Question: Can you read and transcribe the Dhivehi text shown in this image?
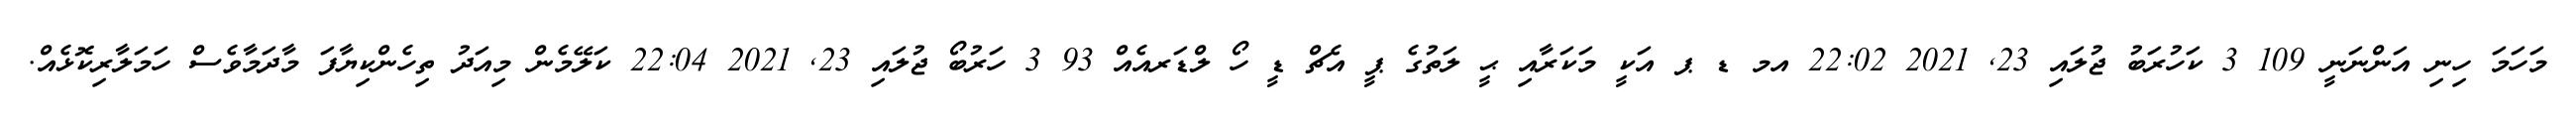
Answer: މަހަމަ ހިނި އަންނަނީ 109 3 ކަހުރަބު ޖުލައި 23, 2021 22:02 އމ ޑ ޕ އަކީ މަކަރާއި ޙީ ލަތުގެ ޕީ އެޗް ޑީ ހޯ ލްޑަރއެއް 93 3 ހަރުބޯ ޖުލައި 23, 2021 22:04 ކަލޭމެން މިއަދު ތިހެންކިޔާފަ މާދަމާވެސް ހަމަލާރިކޮޅެއް.